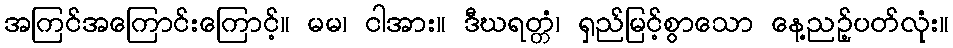
အကြင်အကြောင်းကြောင့်။ မမ၊ ငါအား။ ဒီဃရတ္တံ၊ ရှည်မြင့်စွာသော နေ့ညဉ့်ပတ်လုံး။